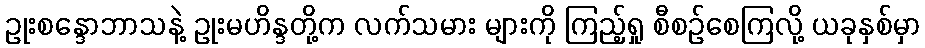
ဥုးစန္ဒောဘာသနဲ့ ဥုးမဟိန္ဒတို့က လက်သမား များကို ကြည့်ရှု စီစဉ်စေကြလို့ ယခုနှစ်မှာ